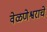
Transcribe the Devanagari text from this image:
वेळणेश्वराचे